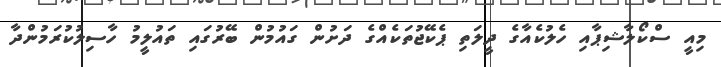
މިއީ ސްކޯލާޝިޕާއި ހެލުކެއާގެ ދީލަތި ޕެކޭޖުތަކެއްގެ ދަށުން ގައުމުން ބޭރުގައި ތައުލީމު ހާސިލުކުރަމުންދާ